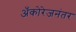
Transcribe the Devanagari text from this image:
अँकोरेजनंतर